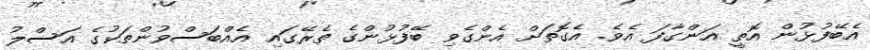
އެބޭފުޅުން އޮތީ އަންގާފަ އެވެ. އެގޮތަށް އެންގެވި ބޭފުޅުންގެ ތެރޭގައި އެއްބަސްވުންތަކުގެ އަސްލު